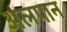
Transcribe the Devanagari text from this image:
अलपान